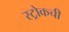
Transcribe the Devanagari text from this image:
स्ट्रोकची